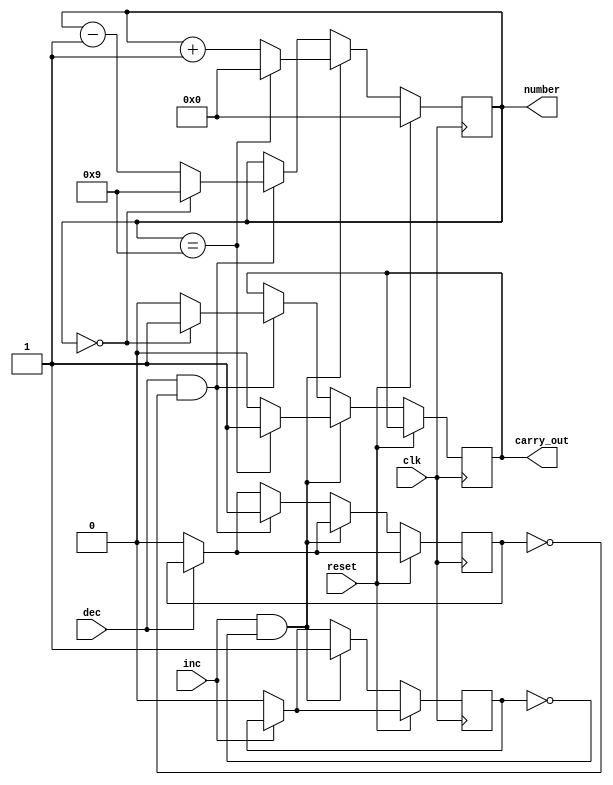
module DynNumber (
        input wire         clk,        // Dynamic clock.
		input wire         reset,      // Back to zero.
		input wire         inc,	       // Increment number.
		input wire         dec,        // Decrement number.
        output wire  [3:0] number,     // Output number.
		output wire        carry_out   // Zero after new increment (carry).
        );

assign number = counter;
assign carry_out = carry;

reg [3:0] counter = 0;
reg stop_inc = 1'b0;
reg stop_dec = 1'b0;
reg carry = 1'b0;

always @(posedge clk)
begin
    if (~inc) stop_inc <= 1'b0;
    if (~dec) stop_dec <= 1'b0;
    if (reset)
        counter <= 0;
    else if (inc && ~stop_inc)
        begin
        stop_inc <= 1'b1;
        if (counter == 9)
			begin
	   		counter <= 0;
			carry <= 1'b1;
			end
        else
            begin
       		counter <= counter+1;
       		carry <= 1'b0;
			end
        end
    else if (dec && ~stop_dec)
        begin
        stop_dec <= 1'b1;
        if (counter == 0)
			begin
	   		counter <= 9;
			carry <= 1'b1;
			end
        else
            begin
       		counter <= counter-1;
       		carry <= 1'b0;
			end
        end
end

endmodule